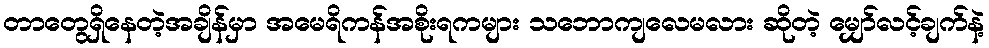
တာတွေရှိနေတဲ့အချိန်မှာ အမေရိကန်အစိုးရကများ သဘောကျလေမလား ဆိုတဲ့ မျှော်လင့်ချက်နဲ့